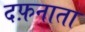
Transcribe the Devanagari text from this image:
दफ़नाता